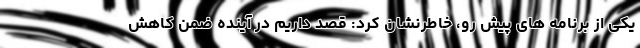
یکی از برنامه های پیش رو، خاطرنشان کرد: قصد داریم در آینده ضمن کاهش